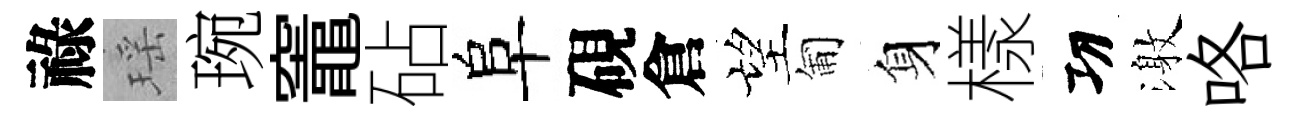
祿瑶琬竈砧阜硯倉望匍身樣㓛激咯